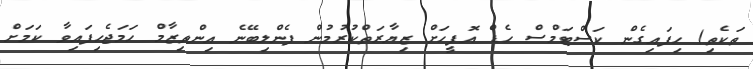
ތަކެތި) ހިފައިގެން ކަސްޓަމްސް ހެޑް އޮފީހަށް ޒިޔާރަތްކުރުމުން ފެންލިބޭނެ އިންތިޒާމް ހަމަޖެހިފައިވާ ކަމަށް